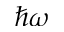
\hbar \omega